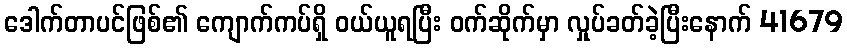
ဒေါက်တာပင်ဖြစ်၏ ကျောက်ကပ်ရှိ ဝယ်ယူရပြီး ဝက်ဆိုက်မှာ လှုပ်ခတ်ခဲ့ပြီးနောက် 41679